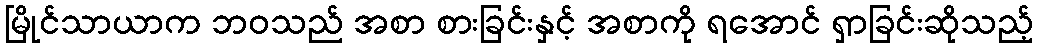
မြိုင်သာယာက ဘဝသည် အစာ စားခြင်းနှင့် အစာကို ရအောင် ရှာခြင်းဆိုသည့်